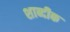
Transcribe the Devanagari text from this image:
शाब्दीक